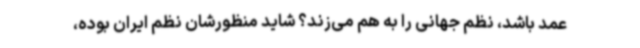
عمد باشد، نظم جهانی را به هم می‌زند؟ شاید منظورشان نظم ایران بوده،